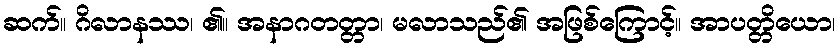
ဆက်။ ဂိလာနဿ၊ ၏။ အနာဂတတ္တာ၊ မလာသည်၏ အဖြစ်ကြောင့်။ အာပတ္တိယော၊